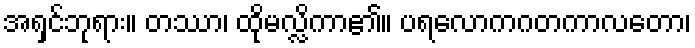
အရှင်ဘုရား။ တဿာ၊ ထိုမလ္လိကာ၏။ ပရလောကဂတကာလတော၊